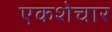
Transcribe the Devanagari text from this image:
एकशेचार